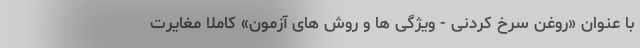
با عنوان «روغن سرخ کردنی - ویژگی ها و روش های آزمون» کاملا مغایرت